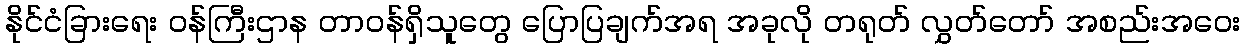
နိုင်ငံခြားရေး ဝန်ကြီးဌာန တာဝန်ရှိသူတွေ ပြောပြချက်အရ အခုလို တရုတ် လွှတ်တော် အစည်းအဝေး